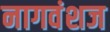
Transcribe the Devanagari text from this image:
नागवंशज